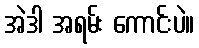
အဲဒါ အရမ်း ကောင်းပဲ။